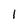
Character: 1